Indian journal of veterinary science and animal husbandry - Volume 13,
Year: 1943
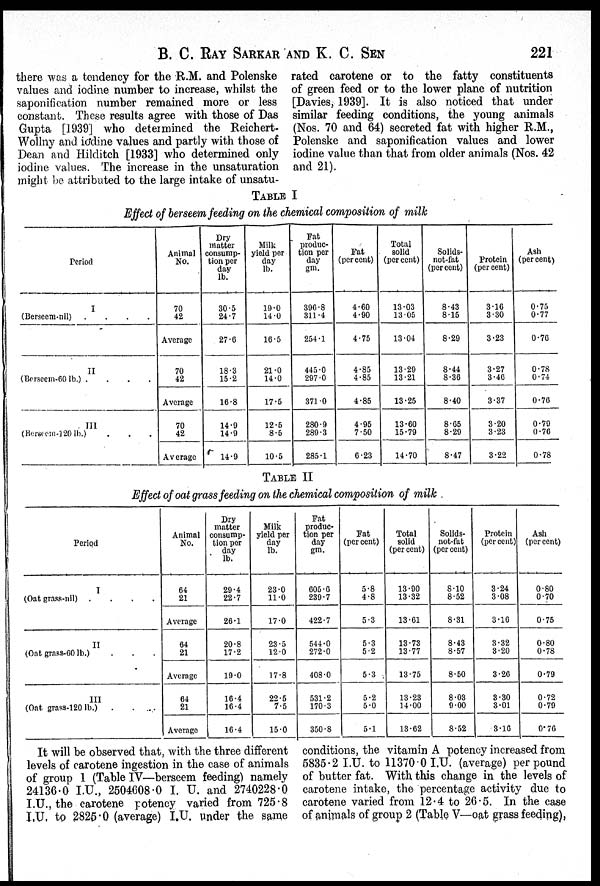
B. C. RAY SARKAR AND K. C. SEN 221
there was a tendency for the R.M. and Polenske
values and iodine number to increase, whilst the
saponification number remained more or less
constant. These results agree with those of Das
Gupta [1939] who determined the Reichert-
Wollny and iodine values and partly with those of
Dean and Hilditch [1933] who determined only
iodine values. The increase in the unsaturation
might be attributed to the large intake of unsatu-
rated carotene or to the fatty constituents
of green feed or to the lower plane of nutrition
[Davies, 1939]. It is also noticed that under
similar feeding conditions, the young animals
(Nos. 70 and 64) secreted fat with higher R.M.,
Polenske and saponification values and lower
iodine value than that from older animals (Nos. 42
and 21).
TABLE I
Effect of berseem feeding on the chemical composition of milk
Period
I
(Berseem-nil) . . . .
II
(Berseem-60 lb.) . . . .
III
(Berseem-120 lb.) . . . .
Animal
No.
70
42
Average
70
42
Average
70
42
Average
Dry
matter
consump-
tion per
day
lb.
30.5
24.7
27.6
18.3
15.2
16.8
14.9
14.9
14.9
Milk
yield per
day
lb.
19.0
14.0
16.5
21.0
14.0
17.5
12.5
8.5
10.5
Fat
produc-
tion per
day
gm.
396.8
311.4
254.1
445.0
297.0
371.0
280.9
289.3
285.1
Fat
(per cent)
4.60
4.90
4.75
4.85
4.85
4.85
4.95
7.50
6.23
Total
solid
(per cent)
13.03
13.05
13.04
13.29
13.21
13.25
13.60
15.79
14.70
Solids.
not-fat
(per cent)
8.43
8.15
8.29
8.44
8.36
8.40
8.65
8.29
8.47
Protein
(per cent)
3.16
3.30
3.23
3.27
3.46
3.37
3.20
3.23
3.22
Ash
(per cent)
0.75
0.77
0.76
0.78
0.74
0.76
0.79
0.76
0.78
TABLE II
Effect of oat grass feeding on the chemical composition of milk
Period
I
(Oat grass-nil)
.
.
.
.
II
(Oat grass-60 lb.) . . .
III
(Oat grass-120 lb.) . . .
Animal
No.
64
21
Average
64
21
Average
64
21
Average
Dry
matter
consump-
tion per
day
lb.
29.4
22.7
26.1
20.8
17.2
19.0
16.4
16.4
16.4
Milk
yield per
day
lb.
23.0
11.0
17.0
23.5
12.0
17.8
22.5
7.5
15.0
Pat
produc-
tion per
day
gm.
605.6
239.7
422.7
544.0
272.0
408.0
531.2
170.3
350.8
Pat
(per cent)
5.8
4.8
5.3
5.3
5.2
5.3
5.2
5.0
5.1
Total
solid
(per cent)
13.90
13.32
13.61
13.73
13.77
13.75
13.23
14.00
13.62
Solids.
not-fat
(percent)
8.10
8.52
8.31
8.43
8.57
8.50
8.03
9.00
8.52
Protein
(percent)
3.24
3.08
3.16
3.32
3.20
3.26
3.30
3.01
3.16
Ash
(per cent)
0.80
0.70
0.75
0.80
0.78
0.79
0.72
0.79
0.76
It will be observed that, with the three different
levels of carotene ingestion in the case of animals
of group 1 (Table IV—berseem feeding) namely
24136.0 I.U., 2504608.0 I. U. and 2740228.0
I.U., the carotene potency varied from 725.8
I.U. to 2825.0 (average) I.U. under the same
conditions, the vitamin A potency increased from
5835.2 I.U. to 11370.0 I.U. (average) per pound
of butter fat. With this change in the levels of
carotene intake, the percentage activity due to
carotene varied from 12.4 to 26.5. In the case
of animals of group 2 (Table V—oat grass feeding),